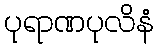
ပုရာဏပုလိနံ